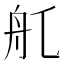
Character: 𦨊